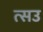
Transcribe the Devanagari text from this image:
त्सउ